Leaving Certificate Examination (including Day School Certificate (Higher) General paper), 1939
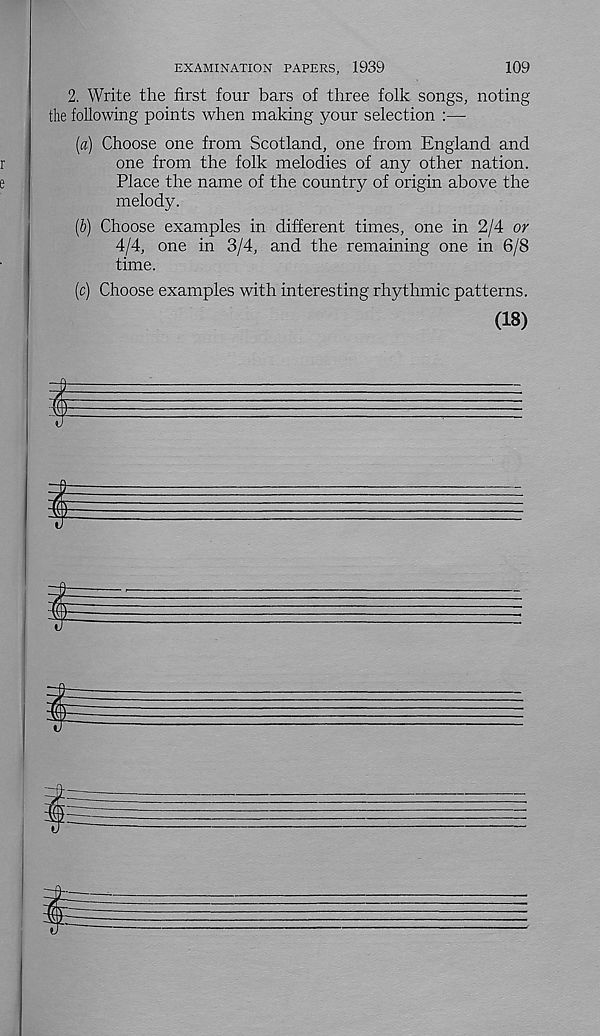
109
EXAMINATION PAPERS, 1939
2. Write the first four bars of three folk songs, noting
the following points when making your selection :—
(«) Choose one from Scotland, one from England and
one from the folk melodies of any other nation.
Place the name of the country of origin above the
melody.
(b) Choose examples in different times, one in 2/4 or
4/4, one in 3/4, and the remaining one in 6/8
time.
(c) Choose examples with interesting rhythmic patterns.
(18)